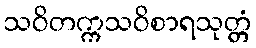
သဝိတက္ကသဝိစာရသုတ္တံ